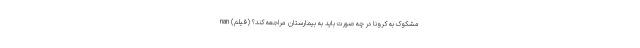
مشکوک به کرونا در چه صورت باید به بیمارستان مراجعه کند؟ (فیلم) nan